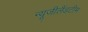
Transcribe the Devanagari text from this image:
न्यूजीलैंडटीम